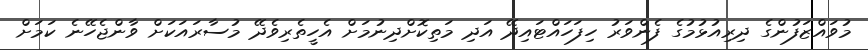
މުވައްޒަފުންގެ ދިރިއުޅުމުގެ ފެންވަރު ހިފަހައްޓައިދޭ އަދި މަތިކޮށްދިނުމަށް އެހީތެރިވެދޭ މުސާރައަކަށް ވާންޖެހޭނެ ކަމަށް